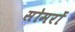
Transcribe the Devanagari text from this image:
सोमरों